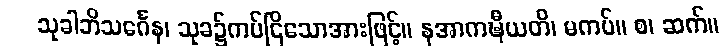
သုခါဘိသင်္ဂေန၊ သုခ၌ကပ်ငြိသောအားဖြင့်။ နအာကဍ္ဎီယတိ၊ မကပ်။ စ၊ ဆက်။